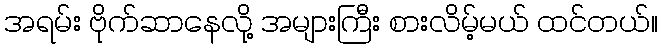
အရမ်း ဗိုက်ဆာနေလို့ အများကြီး စားလိမ့်မယ် ထင်တယ်။